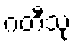
ဂတီသု